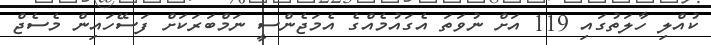
ކުއްލި ހާލަތުގައި 119 އަށް ނުވަތަ އެގައުމެއްގެ އެމަޖެންސީ ނަމްބަރަކަށް ފަސޭހައިން މެސެޖް